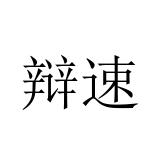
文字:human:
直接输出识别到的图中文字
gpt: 辩速